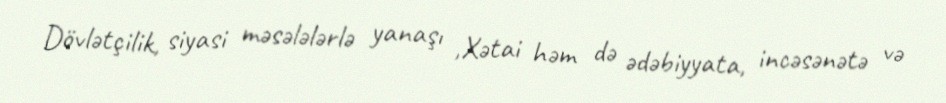
Dövlətçilik, siyasi məsələlərlə yanaşı ,Xətai həm də ədəbiyyata, incəsənətə və